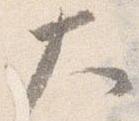
大